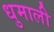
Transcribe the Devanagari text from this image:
धुमाली